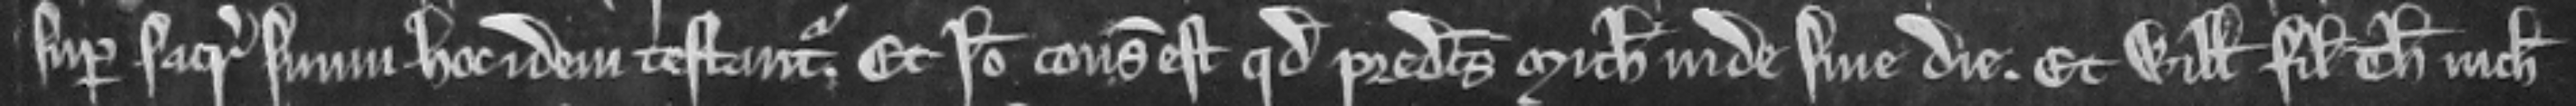
super sacramentum suum hoc idem testantur. Et ideo consideratum est quod predictus Michaelis inde sine die. et Willmus filius Thome nichil